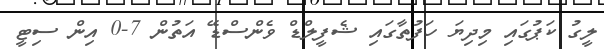
ލީގު ކަޕުގައި މިދިޔަ ހަފުތާގައި ޝެފީލްޑް ވެންސްޑޭ އަތުން 7-0 އިން ސިޓީ